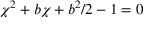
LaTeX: \chi ^ { 2 } + b \chi + b ^ { 2 } / 2 - 1 = 0